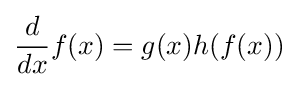
{\frac {d}{dx}}f(x)=g(x)h(f(x))